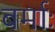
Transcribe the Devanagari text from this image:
बर्माः